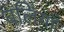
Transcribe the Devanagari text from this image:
बलिंयाँ